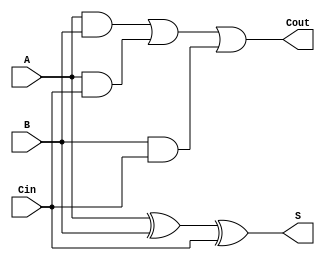
`timescale 1ns / 1ps
//////////////////////////////////////////////////////////////////////////////////
// Company: 
// Engineer: 
// 
// Design Name: 
// Module Name:    divider 
// Project Name: 
// Target Devices: 
// Tool versions: 
// Description: 
//
// Dependencies: 
//
// Revision: 
// Revision 0.01 - File Created
// Additional Comments: 
//
//////////////////////////////////////////////////////////////////////////////////
module full_adder( Cout, S, A, B, Cin );
	input A, B, Cin;
	output Cout, S;
	assign S = A ^ B ^ Cin;
	assign Cout = ( A & B )|( A & Cin )|( B & Cin );
endmodule

module full_adder4( Cout, S, A, B, Cin );
	input[3:0] A, B;
	input Cin;
	output[3:0] S;
	output Cout;
	wire w1, w2, w3;
	full_adder unit1( w1, S[0], A[0], B[0], Cin );
	full_adder unit2( w2, S[1], A[1], B[1], w1 );
	full_adder unit3( w3, S[2], A[2], B[2], w2 );
	full_adder unit4( Cout, S[3], A[3], B[3], w3 );
endmodule

module full_adder8( S, C_y, A, B, C_in );
	input[7:0] A, B;
	input C_in;
	output [7:0] S;
	output wire C_y;
	wire w;
	full_adder4 unit1( w, S[3:0], A[3:0], B[3:0], C_in );
	full_adder4 unit2( C_y, S[7:4], A[7:4], B[7:4], w );
endmodule

module subtraction( S, A, B );
	input[7:0] A, B;
   output[7:0] S;
	wire C;
	wire[7:0] _B;
	assign _B = ~B;
	full_adder8 unit1( S, C, A, _B, 1'b1 );//=?+1;C=0?<B; C=1?>=B;
endmodule

module divider( QUOTN, REMDR, ready, d1, d2, load, clk );
	input[7:0] d1, d2;
	input load, clk;
	output reg[7:0] QUOTN, REMDR;
    output reg ready;
	reg[15:0] p; //form the shift platform ~
	reg[7:0] D1, D2; //D1, D2 store the d1, d2 signal when load high!!
	reg[3:0] counter; //count how many times p shifts!!
	wire[7:0] sum;

	subtraction unit1( sum[7:0], p[15:8], D2[7:0] );

	always@( posedge clk )begin
		if( load )begin
			D1 <= d1;
			D2 <= d2;
			p <= { 8'h00, d1[7:0] };
			ready <= 0;
			counter <= 0;//after load
		end
		else begin
			if ( counter == 8 ) begin
				if ( p[15:8] >= D2[7:0] ) begin 					//when Q> ?? pW?Q- ??shift, 
					p[15:0] = { sum[7:0], p[7:1], 1'b1 };
				end
				ready <= 1;
				QUOTN <= p[7:0]; //shift 8 ????//when Q< ??
				REMDR <= p[15:8];		  // l????
			end
			else  begin
				if( p[15:8] < D2[7:0] )begin //when Q< ?? p?Wshift, 
					p[15:0] <= { p[14:0], 1'b0 };
					counter <= counter + 4'b0001;
				end
				else begin 					//when Q> ?? pW?Q- ??shift, 
					p[15:0] <= { sum[6:0], p[7:1], 2'b10 };
					counter <= counter + 4'b0001;
				end
			end
		end
	end
endmodule